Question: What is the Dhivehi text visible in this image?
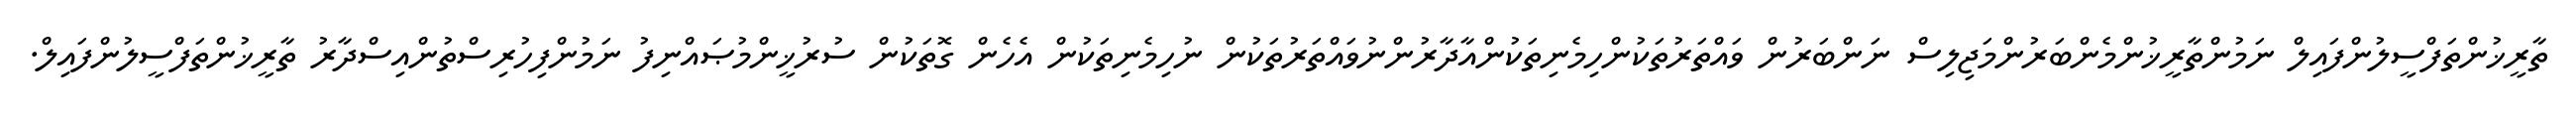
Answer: ތާރީޚުންތަފްސީލުންފައިލް ނަމުންތާރީޚުންމެންބަރުންމަޖިލިސް ނަންބަރުން ވައްތަރުތަކުންހިމެނިތަކުންއާދާރުންނުވައްތަރުތަކުން ނުހިމެނިތަކުން އެހެން ގޮތަކުން ސުރުޚީންމުޞައްނިފު ނަމުންފިހުރިސްތުންއިސްދާރު ތާރީޚުންތަފްސީލުންފައިލް.